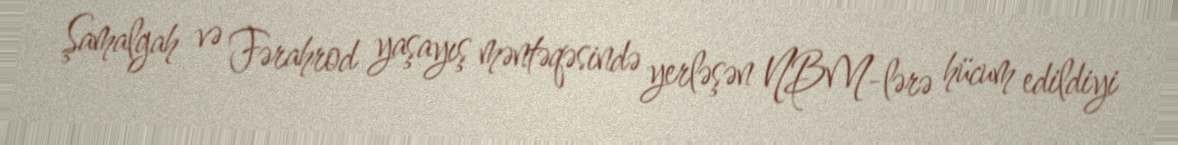
Şamalgah və Fərahrod yaşayış məntəqəsində yerləşən NBM-lərə hücum edildiyi